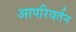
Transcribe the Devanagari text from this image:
आपरिवर्तन